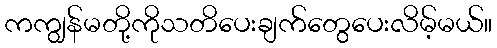
ကကျွန်မတို့ကိုသတိပေးချက်တွေပေးလိမ့်မယ်။